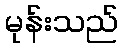
မုန်းသည်